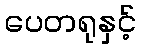
ပေတရုနှင့်